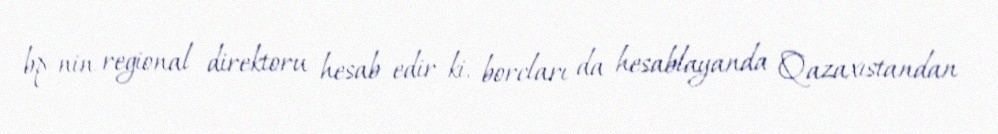
bp-nin regional direktoru hesab edir ki, borcları da hesablayanda Qazaxıstandan